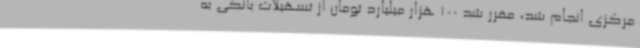
مرکزی انجام شد، مقرر شد 100 هزار میلیارد تومان از تسهیلات بانکی به